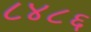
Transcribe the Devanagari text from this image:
८४८६